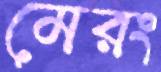
মেরং